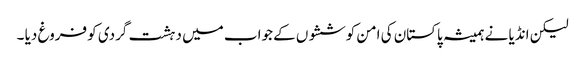
لیکن انڈیا نے ہمیشہ پاکستان کی امن کوششوں کے جواب میں دہشت گردی کو فروغ دیا ۔